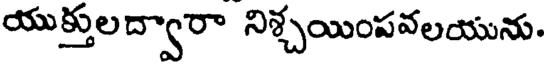
యుక్తులద్వారా నిశ్చయింపవలయును.